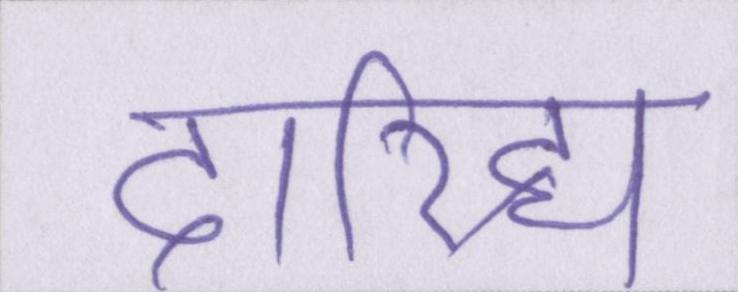
दारिद्र्य